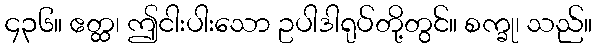
၄၃၆။ ဧတ္ထ၊ ဤငါးပါးသော ဥပါဒါရုပ်တို့တွင်။ စက္ခု၊ သည်။